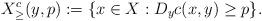
LaTeX: \begin{align*}X^c_\geq(y,p):=\{x\in X: D_yc(x,y) \geq p\}.\end{align*}